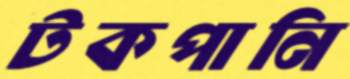
টকপানি